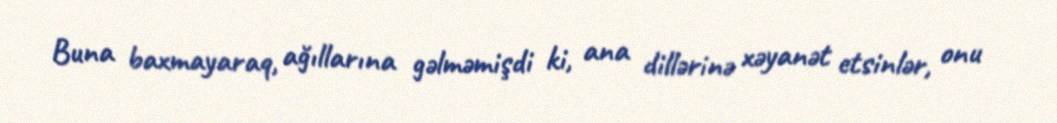
Buna baxmayaraq, ağıllarına gəlməmişdi ki, ana dillərinə xəyanət etsinlər, onu